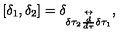
[ \delta _ { 1 } , \delta _ { 2 } ] = \delta _ { \delta \tau _ { 2 } \stackrel { \leftrightarrow } { \frac { d } { d \tau } } \delta \tau _ { 1 } } ,